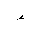
Letter: _hamza